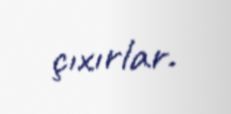
çıxırlar.